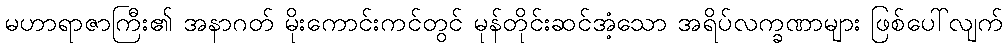
မဟာရာဇာကြီး၏ အနာဂတ် မိုးကောင်းကင်တွင် မုန်တိုင်းဆင်အံ့သော အရိပ်လက္ခဏာများ ဖြစ်ပေါ်လျက်